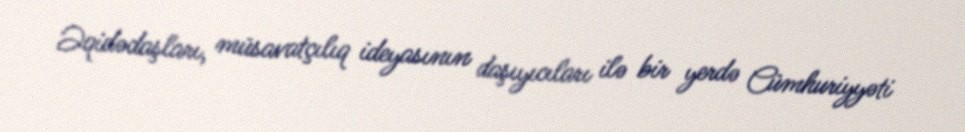
Əqidədaşları, müsavatçılıq ideyasının daşıyıcıları ilə bir yerdə Cümhuriyyəti